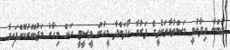
ލުބްނާ ވިދާޅުވީ މަސްތުވާތަކެތީގެ ފަރުވާ ހޯދަންދާ މީހުން ވީސީޓީ އަށް މިހާރު މަޖުބޫރުކޮށްފައިވާ